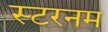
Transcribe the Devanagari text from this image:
स्टरनम